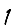
Digit: 1